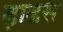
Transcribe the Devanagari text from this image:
ढ़ाढस